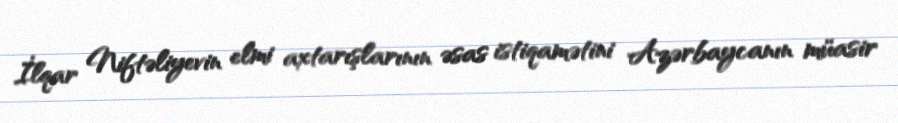
İlqar Niftəliyevin elmi axtarışlarının əsas istiqamətini Azərbaycanın müasir